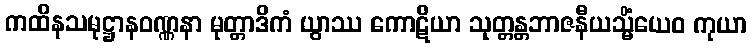
ကထိနသမုဋ္ဌာနဝဏ္ဏနာ မုတ္တာဒိကံ ယွာဿ ကောဋိယာ သုတ္တန္တဘာဇနီယသ္မိံယေဝ ကုယာ